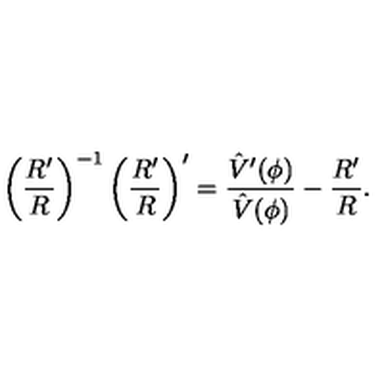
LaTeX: \left( { \frac { R ^ { \prime } } { R } } \right) ^ { - 1 } \left( { \frac { R ^ { \prime } } { R } } \right) ^ { \prime } = { \frac { \hat { V } ^ { \prime } ( \phi ) } { \hat { V } ( \phi ) } } - { \frac { R ^ { \prime } } { R } } .